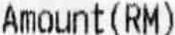
AMOUNT(RM)